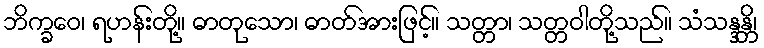
ဘိက္ခဝေ၊ ရဟန်းတို့။ ဓာတုသော၊ ဓာတ်အားဖြင့်။ သတ္တာ၊ သတ္တဝါတို့သည်။ သံသန္ဒန္တိ၊